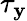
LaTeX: \tau_{\mathbf{y}}